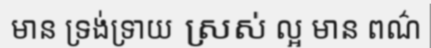
មាន ទ្រង់ទ្រាយ ស្រស់ ល្អ មាន ពណ៌